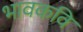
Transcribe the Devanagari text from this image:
भावकवि